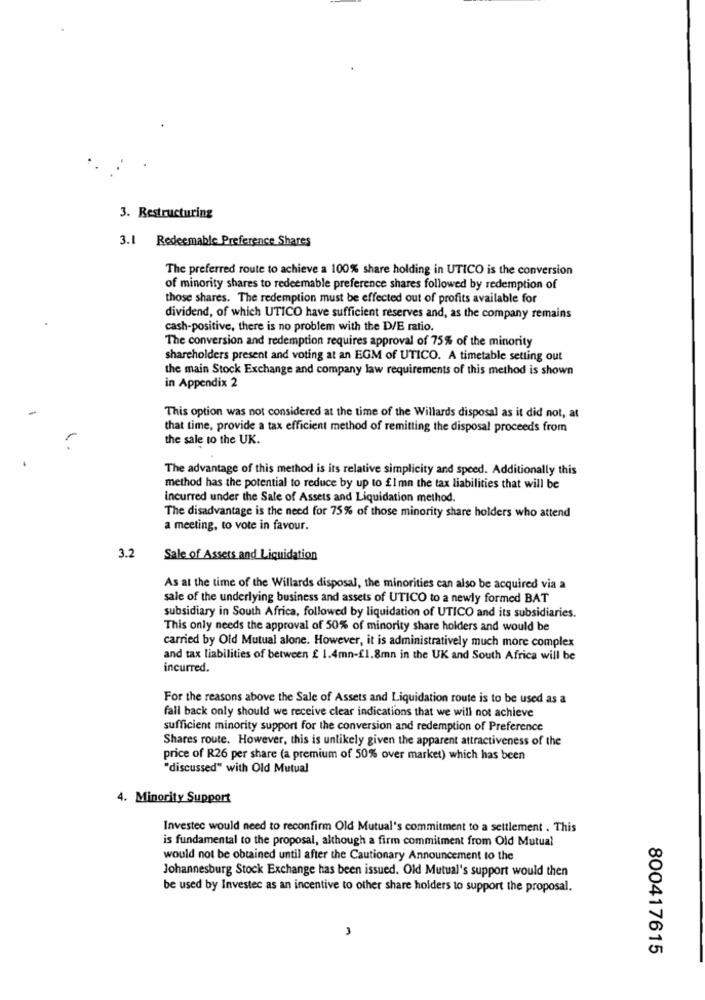
3. Restructuring
3.1 Redeemable Preference Shares
The preferred route to achieve a 100% share holding in UTICO is the conversion
of minority shares to redeemable preference shares followed by redemption of
those shares. The redemption must be effected out of profits available for
dividend, of which UTICO have sufficient reserves and, as the company remains
cash-positive, there is no problem with the D/E ratio.
The conversion and redemption requires approval of 75% of the minority
shareholders present and voting at an EGM of UTICO. A timetable setting out
the main Stock Exchange and company law requirements of this method is shown
in Appendix 2
This option was not considered at the time of the Willards disposal as it did not, at
that time, provide a tax efficient method of remitting the disposal proceeds from
the sale to the UK.
The advantage of this method is its relative simplicity and speed. Additionally this
method has the potential to reduce by up to £1mn the tax liabilities that will be
incurred under the Sale of Assets and Liquidation method.
The disadvantage is the need for 75% of those minority share holders who attend
a meeting, to vote in favour.
3.2
Sale of Assers and Liquidation
As at the time of the Willards disposal, the minorities can also be acquired via a
sale of the underlying business and assets of UTICO to a newly formed BAT
subsidiary in South Africa, followed by liquidation of UTICO and its subsidiaries.
This only needs the approval of 50% of minority share holders and would be
carried by Old Mutual alone. However, it is administratively much more complex
and tax liabilities of between £ 1.4mn-£1.8mn in the UK and South Africa will be
incurred.
For the reasons above the Sale of Assets and Liquidation route is to be used as a
fall back only should we receive clear indications that we will not achieve
sufficient minority support for the conversion and redemption of Preference
Shares route. However, this is unlikely given the apparent attractiveness of the
price of R26 per share (a premium of 50% over market) which has been
"discussed" with Old Mutual
4. Minority Support
Investec would need to reconfirm Old Mutual's commitment to a settlement . This
is fundamental to the proposal, although a firm commitment from Old Mutual
would not be obtained until after the Cautionary Announcement to the
Johannesburg Stock Exchange has been issued. Old Mutual's support would then
be used by Investec as an incentive to other share holders to support the proposal.
800417615